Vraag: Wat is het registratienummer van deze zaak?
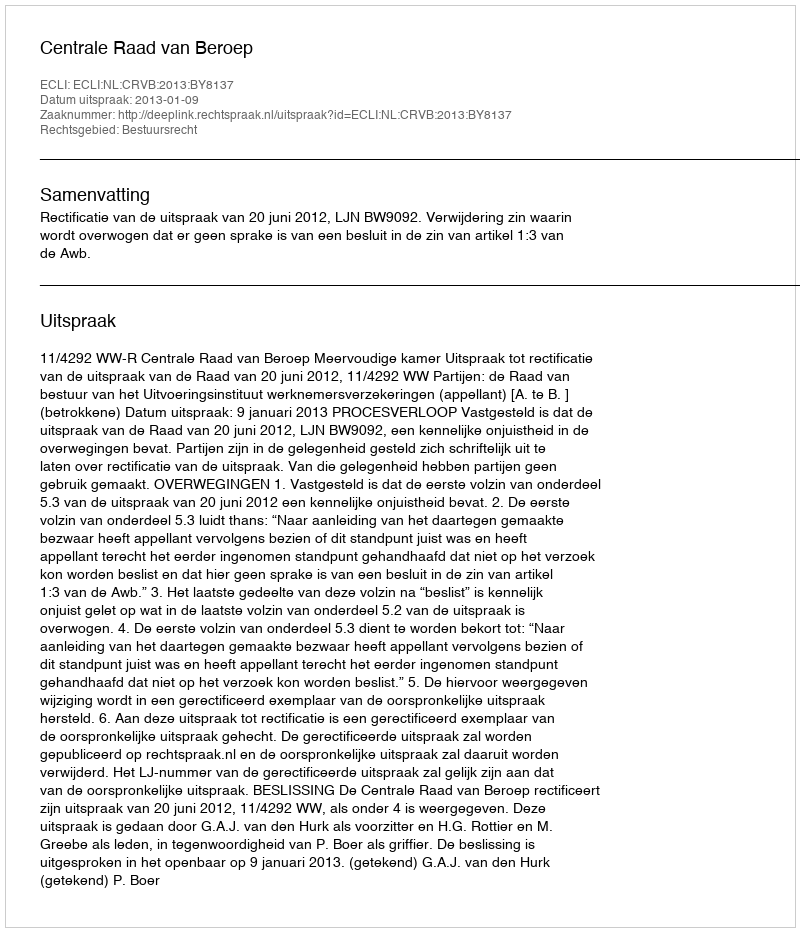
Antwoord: http://deeplink.rechtspraak.nl/uitspraak?id=ECLI:NL:CRVB:2013:BY8137